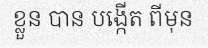
ខ្លួន បាន បង្កើត ពីមុន